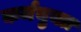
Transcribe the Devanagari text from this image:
कर्मयुक्त